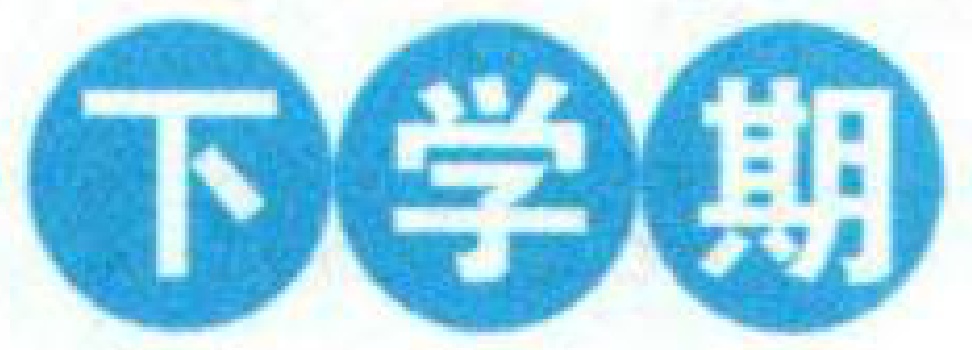
\begin{tikzpicture}
    \node[circle, fill=blue] at (0,0) {\textcolor{white}{下}};
    \node[circle, fill=blue] at (1.5,0) {\textcolor{white}{学}};
    \node[circle, fill=blue] at (3,0) {\textcolor{white}{期}};
\end{tikzpicture}